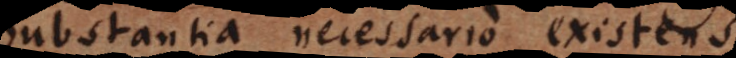
Substantia necessario existens